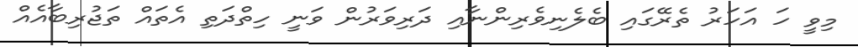
މިވީ ހަ އަހަރު ތެރޭގައި ބެލެނިވެރިންނާއި ދަރިވަރުން ވަނީ ހިތްދަތި އެތައް ތަޖުރިބާއެއް